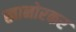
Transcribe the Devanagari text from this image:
खानोरकर